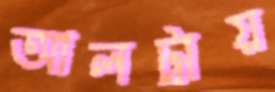
আলট্রায়